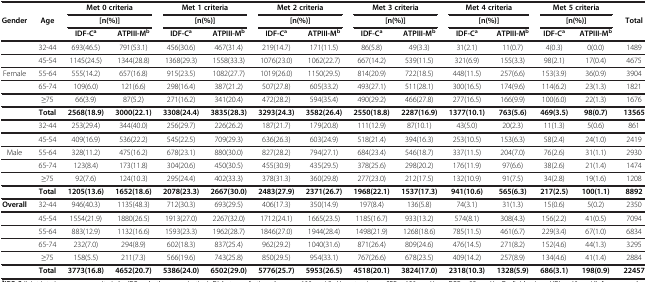
<table><thead><tr><td><b> </b></td><td><b> </b></td><td colspan="2"><b>Met 0 criteria</b></td><td colspan="2"><b>Met 1 criteria</b></td><td colspan="2"><b>Met 2 criteria</b></td><td colspan="2"><b>Met 3 criteria</b></td><td colspan="2"><b>Met 4 criteria</b></td><td colspan="2"><b>Met 5 criteria</b></td><td><b> </b></td></tr><tr><td><b>Gender</b></td><td><b>Age</b></td><td colspan="2"><b>[n(%)]</b></td><td colspan="2"><b>[n(%)]</b></td><td colspan="2"><b>[n(%)]</b></td><td colspan="2"><b>[n(%)]</b></td><td colspan="2"><b>[n(%)]</b></td><td colspan="2"><b>[n(%)]</b></td><td><b>Total</b></td></tr><tr><td><b> </b></td><td><b> </b></td><td><b>IDF-C<sup>a</sup></b></td><td><b>ATPIII-M<sup>b</sup></b></td><td><b>IDF-C<sup>a</sup></b></td><td><b>ATPIII-M<sup>b</sup></b></td><td><b>IDF-C<sup>a</sup></b></td><td><b>ATPIII-M<sup>b</sup></b></td><td><b>IDF-C<sup>a</sup></b></td><td><b>ATPIII-M<sup>b</sup></b></td><td><b>IDF-C<sup>a</sup></b></td><td><b>ATPIII-M<sup>b</sup></b></td><td><b>IDF-C<sup>a</sup></b></td><td><b>ATPIII-M<sup>b</sup></b></td><td><b> </b></td></tr></thead><tbody><tr><td> </td><td>32-44</td><td>693(46.5)</td><td>791(53.1)</td><td>456(30.6)</td><td>467(31.4)</td><td>219(14.7)</td><td>171(11.5)</td><td>86(5.8)</td><td>49(3.3)</td><td>31(2.1)</td><td>11(0.7)</td><td>4(0.3)</td><td>0(0.0)</td><td>1489</td></tr><tr><td> </td><td>45-54</td><td>1145(24.5)</td><td>1344(28.8)</td><td>1368(29.3)</td><td>1558(33.3)</td><td>1076(23.0)</td><td>1062(22.7)</td><td>667(14.2)</td><td>539(11.5)</td><td>321(6.9)</td><td>155(3.3)</td><td>98(2.1)</td><td>17(0.4)</td><td>4675</td></tr><tr><td>Female</td><td>55-64</td><td>555(14.2)</td><td>657(16.8)</td><td>915(23.5)</td><td>1082(27.7)</td><td>1019(26.0)</td><td>1150(29.5)</td><td>814(20.9)</td><td>722(18.5)</td><td>448(11.5)</td><td>257(6.6)</td><td>153(3.9)</td><td>36(0.9)</td><td>3904</td></tr><tr><td> </td><td>65-74</td><td>109(6.0)</td><td>121(6.6)</td><td>298(16.4)</td><td>387(21.2)</td><td>507(27.8)</td><td>605(33.2)</td><td>493(27.1)</td><td>511(28.1)</td><td>300(16.5)</td><td>174(9.6)</td><td>114(6.2)</td><td>23(1.3)</td><td>1821</td></tr><tr><td> </td><td>≥75</td><td>66(3.9)</td><td>87(5.2)</td><td>271(16.2)</td><td>341(20.4)</td><td>472(28.2)</td><td>594(35.4)</td><td>490(29.2)</td><td>466(27.8)</td><td>277(16.5)</td><td>166(9.9)</td><td>100(6.0)</td><td>22(1.3)</td><td>1676</td></tr><tr><td> </td><td><b>Total</b></td><td><b>2568(18.9)</b></td><td><b>3000(22.1)</b></td><td><b>3308(24.4)</b></td><td><b>3835(28.3)</b></td><td><b>3293(24.3)</b></td><td><b>3582(26.4)</b></td><td><b>2550(18.8)</b></td><td><b>2287(16.9)</b></td><td><b>1377(10.1)</b></td><td><b>763(5.6)</b></td><td><b>469(3.5)</b></td><td><b>98(0.7)</b></td><td><b>13565</b></td></tr><tr><td> </td><td>32-44</td><td>253(29.4)</td><td>344(40.0)</td><td>256(29.7)</td><td>226(26.2)</td><td>187(21.7)</td><td>179(20.8)</td><td>111(12.9)</td><td>87(10.1)</td><td>43(5.0)</td><td>20(2.3)</td><td>11(1.3)</td><td>5(0.6)</td><td>861</td></tr><tr><td> </td><td>45-54</td><td>409(16.9)</td><td>536(22.2)</td><td>545(22.5)</td><td>709(29.3)</td><td>636(26.3)</td><td>603(24.9)</td><td>518(21.4)</td><td>394(16.3)</td><td>253(10.5)</td><td>153(6.3)</td><td>58(2.4)</td><td>24(1.0)</td><td>2419</td></tr><tr><td>Male</td><td>55-64</td><td>328(11.2)</td><td>475(16.2)</td><td>678(23.1)</td><td>880(30.0)</td><td>827(28.2)</td><td>794(27.1)</td><td>684(23.4)</td><td>546(18.7)</td><td>337(11.5)</td><td>204(7.0)</td><td>76(2.6)</td><td>31(1.1)</td><td>2930</td></tr><tr><td> </td><td>65-74</td><td>123(8.4)</td><td>173(11.8)</td><td>304(20.6)</td><td>450(30.5)</td><td>455(30.9)</td><td>435(29.5)</td><td>378(25.6)</td><td>298(20.2)</td><td>176(11.9)</td><td>97(6.6)</td><td>38(2.6)</td><td>21(1.4)</td><td>1474</td></tr><tr><td> </td><td>≥75</td><td>92(7.6)</td><td>124(10.3)</td><td>295(24.4)</td><td>402(33.3)</td><td>378(31.3)</td><td>360(29.8)</td><td>277(23.0)</td><td>212(17.5)</td><td>132(10.9)</td><td>91(7.5)</td><td>34(2.8)</td><td>19(1.6)</td><td>1208</td></tr><tr><td> </td><td><b>Total</b></td><td><b>1205(13.6)</b></td><td><b>1652(18.6)</b></td><td><b>2078(23.3)</b></td><td><b>2667(30.0)</b></td><td><b>2483(27.9)</b></td><td><b>2371(26.7)</b></td><td><b>1968(22.1)</b></td><td><b>1537(17.3)</b></td><td><b>941(10.6)</b></td><td><b>565(6.3)</b></td><td><b>217(2.5)</b></td><td><b>100(1.1)</b></td><td><b>8892</b></td></tr><tr><td><b>Overall</b></td><td>32-44</td><td>946(40.3)</td><td>1135(48.3)</td><td>712(30.3)</td><td>693(29.5)</td><td>406(17.3)</td><td>350(14.9)</td><td>197(8.4)</td><td>136(5.8)</td><td>74(3.1)</td><td>31(1.3)</td><td>15(0.6)</td><td>5(0.2)</td><td>2350</td></tr><tr><td> </td><td>45-54</td><td>1554(21.9)</td><td>1880(26.5)</td><td>1913(27.0)</td><td>2267(32.0)</td><td>1712(24.1)</td><td>1665(23.5)</td><td>1185(16.7)</td><td>933(13.2)</td><td>574(8.1)</td><td>308(4.3)</td><td>156(2.2)</td><td>41(0.5)</td><td>7094</td></tr><tr><td> </td><td>55-64</td><td>883(12.9)</td><td>1132(16.6)</td><td>1593(23.3)</td><td>1962(28.7)</td><td>1846(27.0)</td><td>1944(28.4)</td><td>1498(21.9)</td><td>1268(18.6)</td><td>785(11.5)</td><td>461(6.7)</td><td>229(3.4)</td><td>67(1.0)</td><td>6834</td></tr><tr><td> </td><td>65-74</td><td>232(7.0)</td><td>294(8.9)</td><td>602(18.3)</td><td>837(25.4)</td><td>962(29.2)</td><td>1040(31.6)</td><td>871(26.4)</td><td>809(24.6)</td><td>476(14.5)</td><td>271(8.2)</td><td>152(4.6)</td><td>44(1.3)</td><td>3295</td></tr><tr><td> </td><td>≥75</td><td>158(5.5)</td><td>211(7.3)</td><td>566(19.6)</td><td>743(25.8)</td><td>850(29.5)</td><td>954(33.1)</td><td>767(26.6)</td><td>678(23.5)</td><td>409(14.2)</td><td>257(8.9)</td><td>134(4.6)</td><td>41(1.4)</td><td>2884</td></tr><tr><td> </td><td><b>Total</b></td><td><b>3773(16.8)</b></td><td><b>4652(20.7)</b></td><td><b>5386(24.0)</b></td><td><b>6502(29.0)</b></td><td><b>5776(25.7)</b></td><td><b>5953(26.5)</b></td><td><b>4518(20.1)</b></td><td><b>3824(17.0)</b></td><td><b>2318(10.3)</b></td><td><b>1328(5.9)</b></td><td><b>686(3.1)</b></td><td><b>198(0.9)</b></td><td><b>22457</b></td></tr></tbody></table>